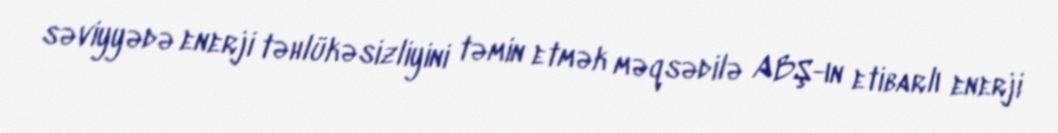
səviyyədə enerji təhlükəsizliyini təmin etmək məqsədilə ABŞ-ın etibarlı enerji